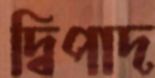
দ্বিপাদ